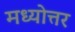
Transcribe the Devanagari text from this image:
मध्योत्तर